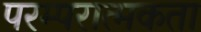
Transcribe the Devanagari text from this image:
परम्परात्मकता